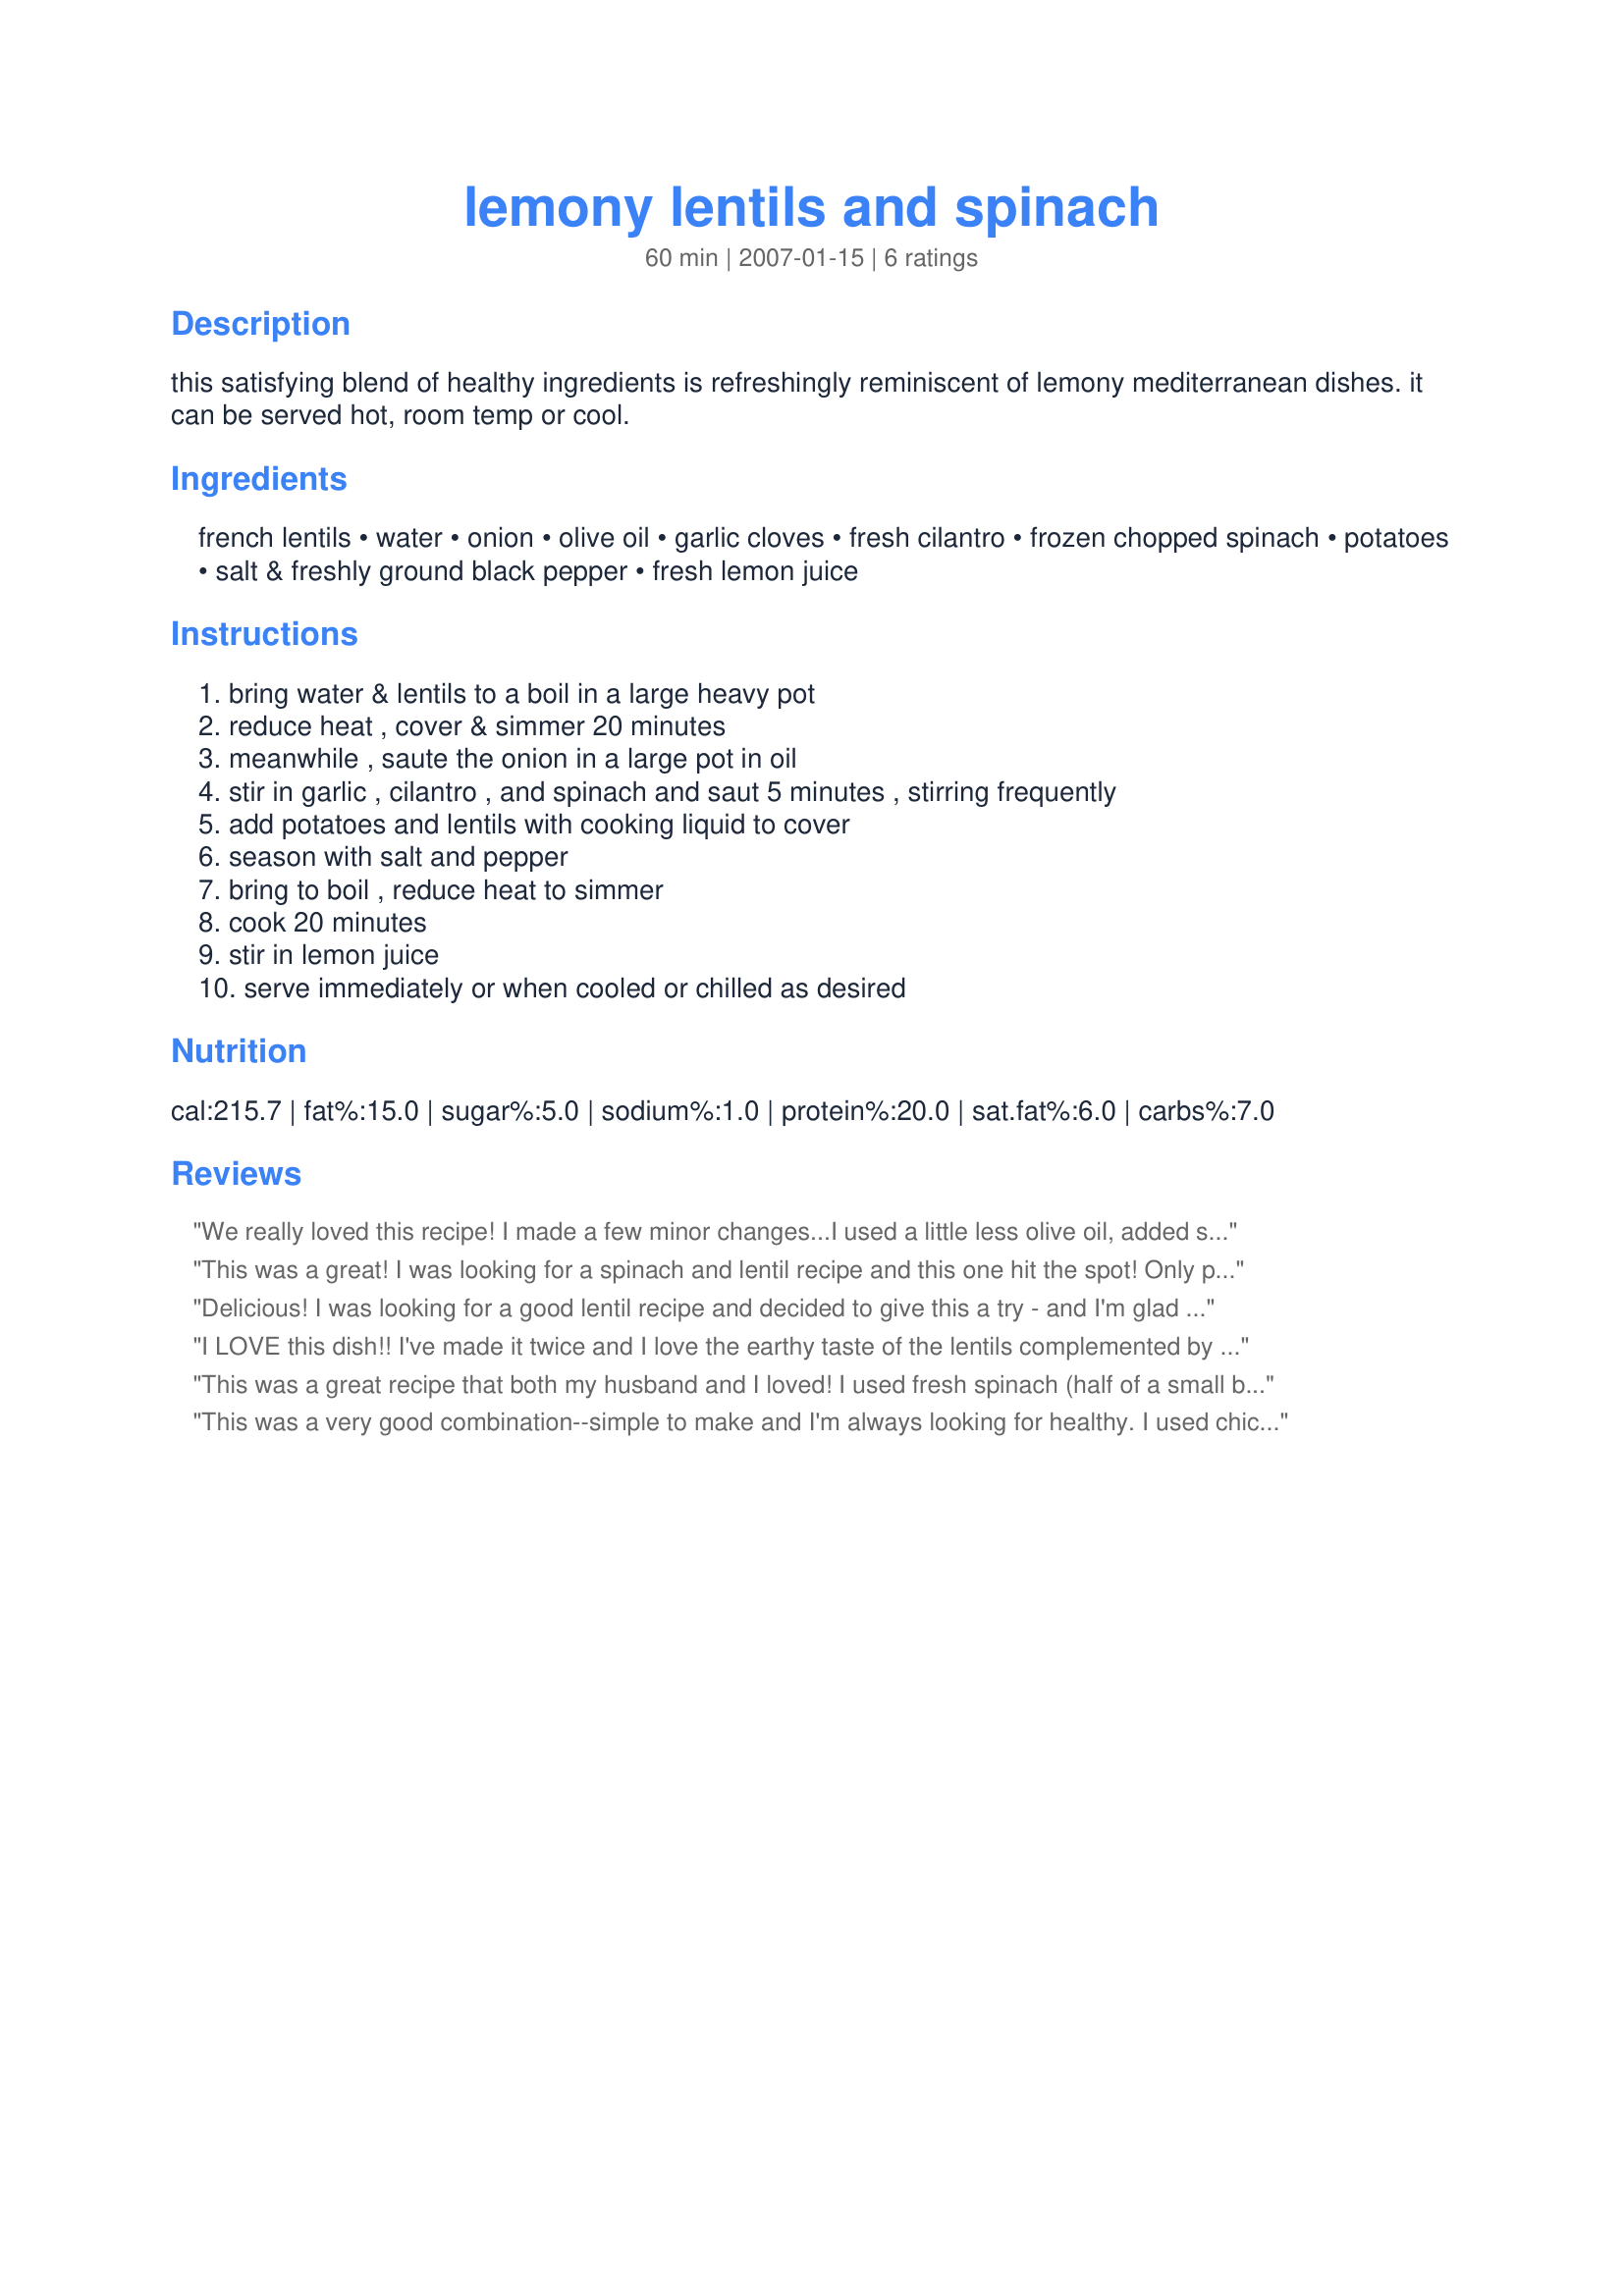
lemony lentils and spinach
Preparation time: 60 minutes

this satisfying blend of healthy ingredients is refreshingly reminiscent of lemony mediterranean dishes. it can be served hot, room temp or cool.

Ingredients:
french lentils, water, onion, olive oil, garlic cloves, fresh cilantro, frozen chopped spinach, potatoes, salt & freshly ground black pepper, fresh lemon juice

Steps:
bring water & lentils to a boil in a large heavy pot, reduce heat , cover & simmer 20 minutes, meanwhile , saute the onion in a large pot in oil, stir in garlic , cilantro , and spinach and saut 5 minutes , stirring frequently, add potatoes and lentils with cooking liquid to cover, season with salt and pepper, bring to boil , reduce heat to simmer, cook 20 minutes, stir in lemon juice, serve immediately or when cooled or chilled as desired

Reviews:
We really loved this recipe! I made a few minor changes...I used a little less olive oil, added some chopped mushrooms along with the garlic, and used parsley instead of cilantro. I thought this was really flavorful and satisfying. Thanks so much for posting this...you helped me use up my French lentils!
This was a great! I was looking for a spinach and lentil recipe and this one hit the spot! Only problem I had was there wasn't much liquid left over to cover in step 3, so I had to top it up. Thank you!
Delicious!

I was looking for a good lentil recipe and decided to give this a try - and I'm glad I did. It is hands-down some of the best lentils I've ever had. The lemon juice really added a lot of flavor. I used fresh spinach instead of frozen and it turned out great.
I LOVE this dish!! I've made it twice and I love the earthy taste of the lentils complemented by the fresh lemony zest. I forgot to put the cilantro....didn't matter - it was still SO YUMMY!! Thanks for the recipe!
This was a great recipe that both my husband and I loved! I used fresh spinach (half of a small bag) instead and I also I left out the potatoes because I'm not a fan of lentils and potatoes. I also cut the olive oil down to half of what it called for. It was fresh tasting and easy to make; I will definitely be making this again.
This was a very good combination--simple to make and I'm always looking for healthy. I used chicken broth for about half the water, only used about 1 T oil and the ordinary brown lentils. Also subbed parsley for the cilantro. I think I will try making this all in one pot (instead of cooking the lentils separately) the next time.
